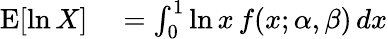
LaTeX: \begin{array}{rl}{\operatorname{E}[\ln X]}&{{}=\int_{0}^{1}\ln x\, f(x;\alpha,\beta)\, dx}\end{array}